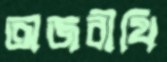
অজবীথি